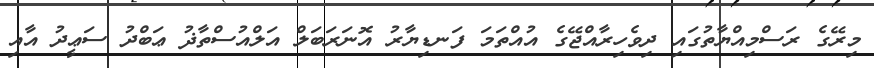
މިރޭގެ ރަސްމިއްޔާތުގައި ދިވެހިރާއްޖޭގެ އުއްތަމަ ފަނޑިޔާރު އޮނަރަބަލް އަލްއުސްތާޛު ޢަބްދު ސަޢީދު އާއި